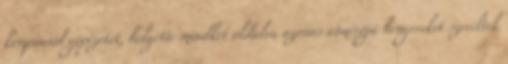
kompaund gépezetet, helyette mindkét oldalra azonos átmérőjű hengereket szereltek